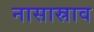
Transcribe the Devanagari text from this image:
नासास्राव